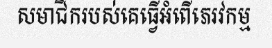
សមាជិករបស់គេធ្វើអំពើភេរវកម្ម